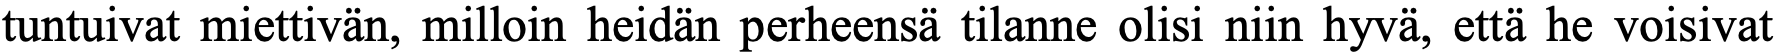
tuntuivat miettivän, milloin heidän perheensä tilanne olisi niin hyvä, että he voisivat